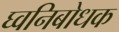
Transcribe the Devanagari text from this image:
घ्वनिबोधक